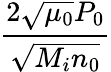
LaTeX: \frac{2\sqrt{\mu_{0}}P_{0}}{\sqrt{M_{i}n_{0}}}